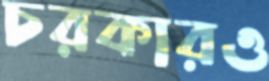
চরকারও